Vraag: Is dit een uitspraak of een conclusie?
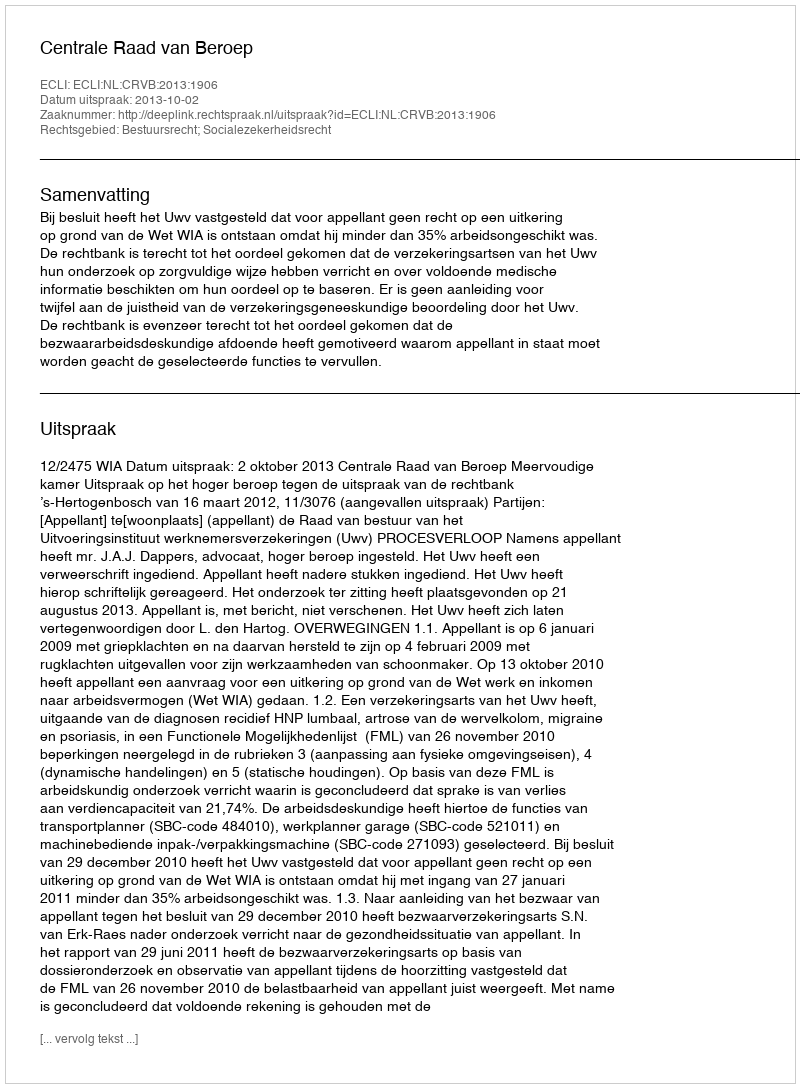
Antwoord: Uitspraak